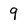
Character: 9